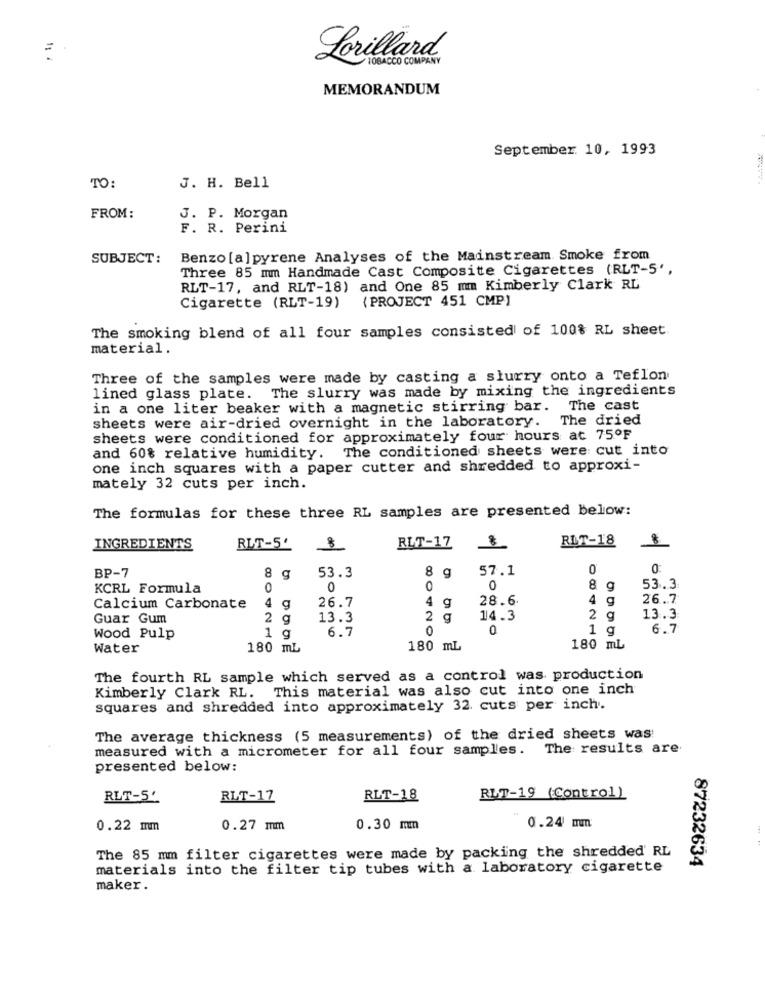
Lorillard
TOBACCO COMPANY
MEMORANDUM
September 10, 1993
TO:
J. H. Bell
FROM:
J. P. Morgan
F. R. Perini
SUBJECT:
Benzo [a]pyrene Analyses of the Mainstream Smoke from
Three 85 mm Handmade Cast Composite Cigarettes (RLT-5',
RLT-17, and RLT-18) and One 85 mm Kimberly Clark RL
{ PROJECT 451 CMP)
Cigarette (RLT-19)
The smoking blend of all four samples consisted of 100% RL sheet
material.
Three of the samples were made by casting a slurry onto a Teflon
lined glass plate. The slurry was made by mixing the ingredients
in a one liter beaker with a magnetic stirring bar. The cast
sheets were air-dried overnight in the laboratory. The dried
sheets were conditioned for approximately four hours at 75ºF
and 60% relative humidity. The conditioned sheets were cut into
one inch squares with a paper cutter and shredded to approxi-
mately 32 cuts per inch.
The formulas for these three RL samples are presented below:
RLT-18
8
INGREDIENTS
RLT-5'
de
RLT-17
57.1
0
BP-7
8
53.3
g
KCRL Formula
0
0
0
8 g
53.3
26.7
28.6.
4 g
26.7
Calcium Carbonate
4 g
4 g
Guar Gum
2 g
13.3
2 g
14.3
2
g
13.3
6.7
0
0
1 q
6.7
Wood Pulp
1 g
Water
180 mL
180 mL
180 mL
The fourth RL sample which served as a control was production
This material was also cut into one inch
Kimberly Clark RL.
squares and shredded into approximately 32. cuts per inch.
The average thickness (5 measurements) of the dried sheets was!
measured with a micrometer for all four samples. The results are
presented below:
RLT-5'
RLT-17
RLT-18
RLT-19 (Control)
0.22 mm
0.27 mm
0.30 mm
0.24 mm
The 85 mm filter cigarettes were made by packing the shredded' RL
87232634
materials into the filter tip tubes with a laboratory cigarette
maker.